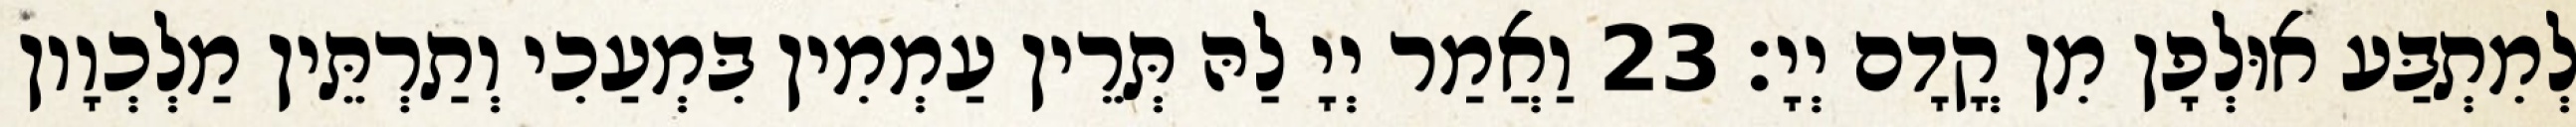
לְמִתְבַּע אוּלְפָן מִן קֳדָם יְיָ׃ 23 וַאֲמַר יְיָ לַהּ תְּרֵין עַמְמִין בִּמְעַכִי וְתַרְתֵּין מַלְכְוָון